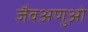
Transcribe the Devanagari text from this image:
जैवअणुओं